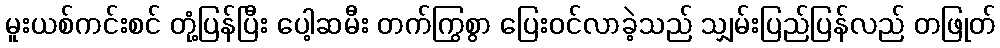
မူးယစ်ကင်းစင် တုံ့ပြန်ပြီး ပေါ့ဆမီး တက်ကြွစွာ ပြေးဝင်လာခဲ့သည် သျှမ်းပြည်ပြန်လည် တဖြုတ်